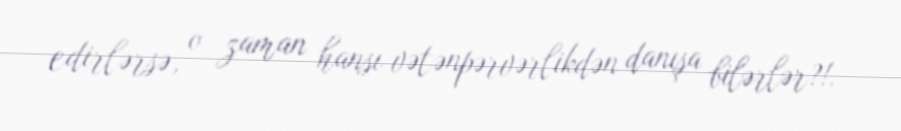
edirlərsə, o zaman hansı vətənpərvərlikdən danışa bilərlər?!.